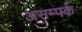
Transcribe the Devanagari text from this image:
असम्पर्क